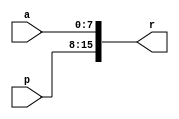
module merg(input[7:0]p,a,output[15:0]r);
  assign r={p,a};
endmodule